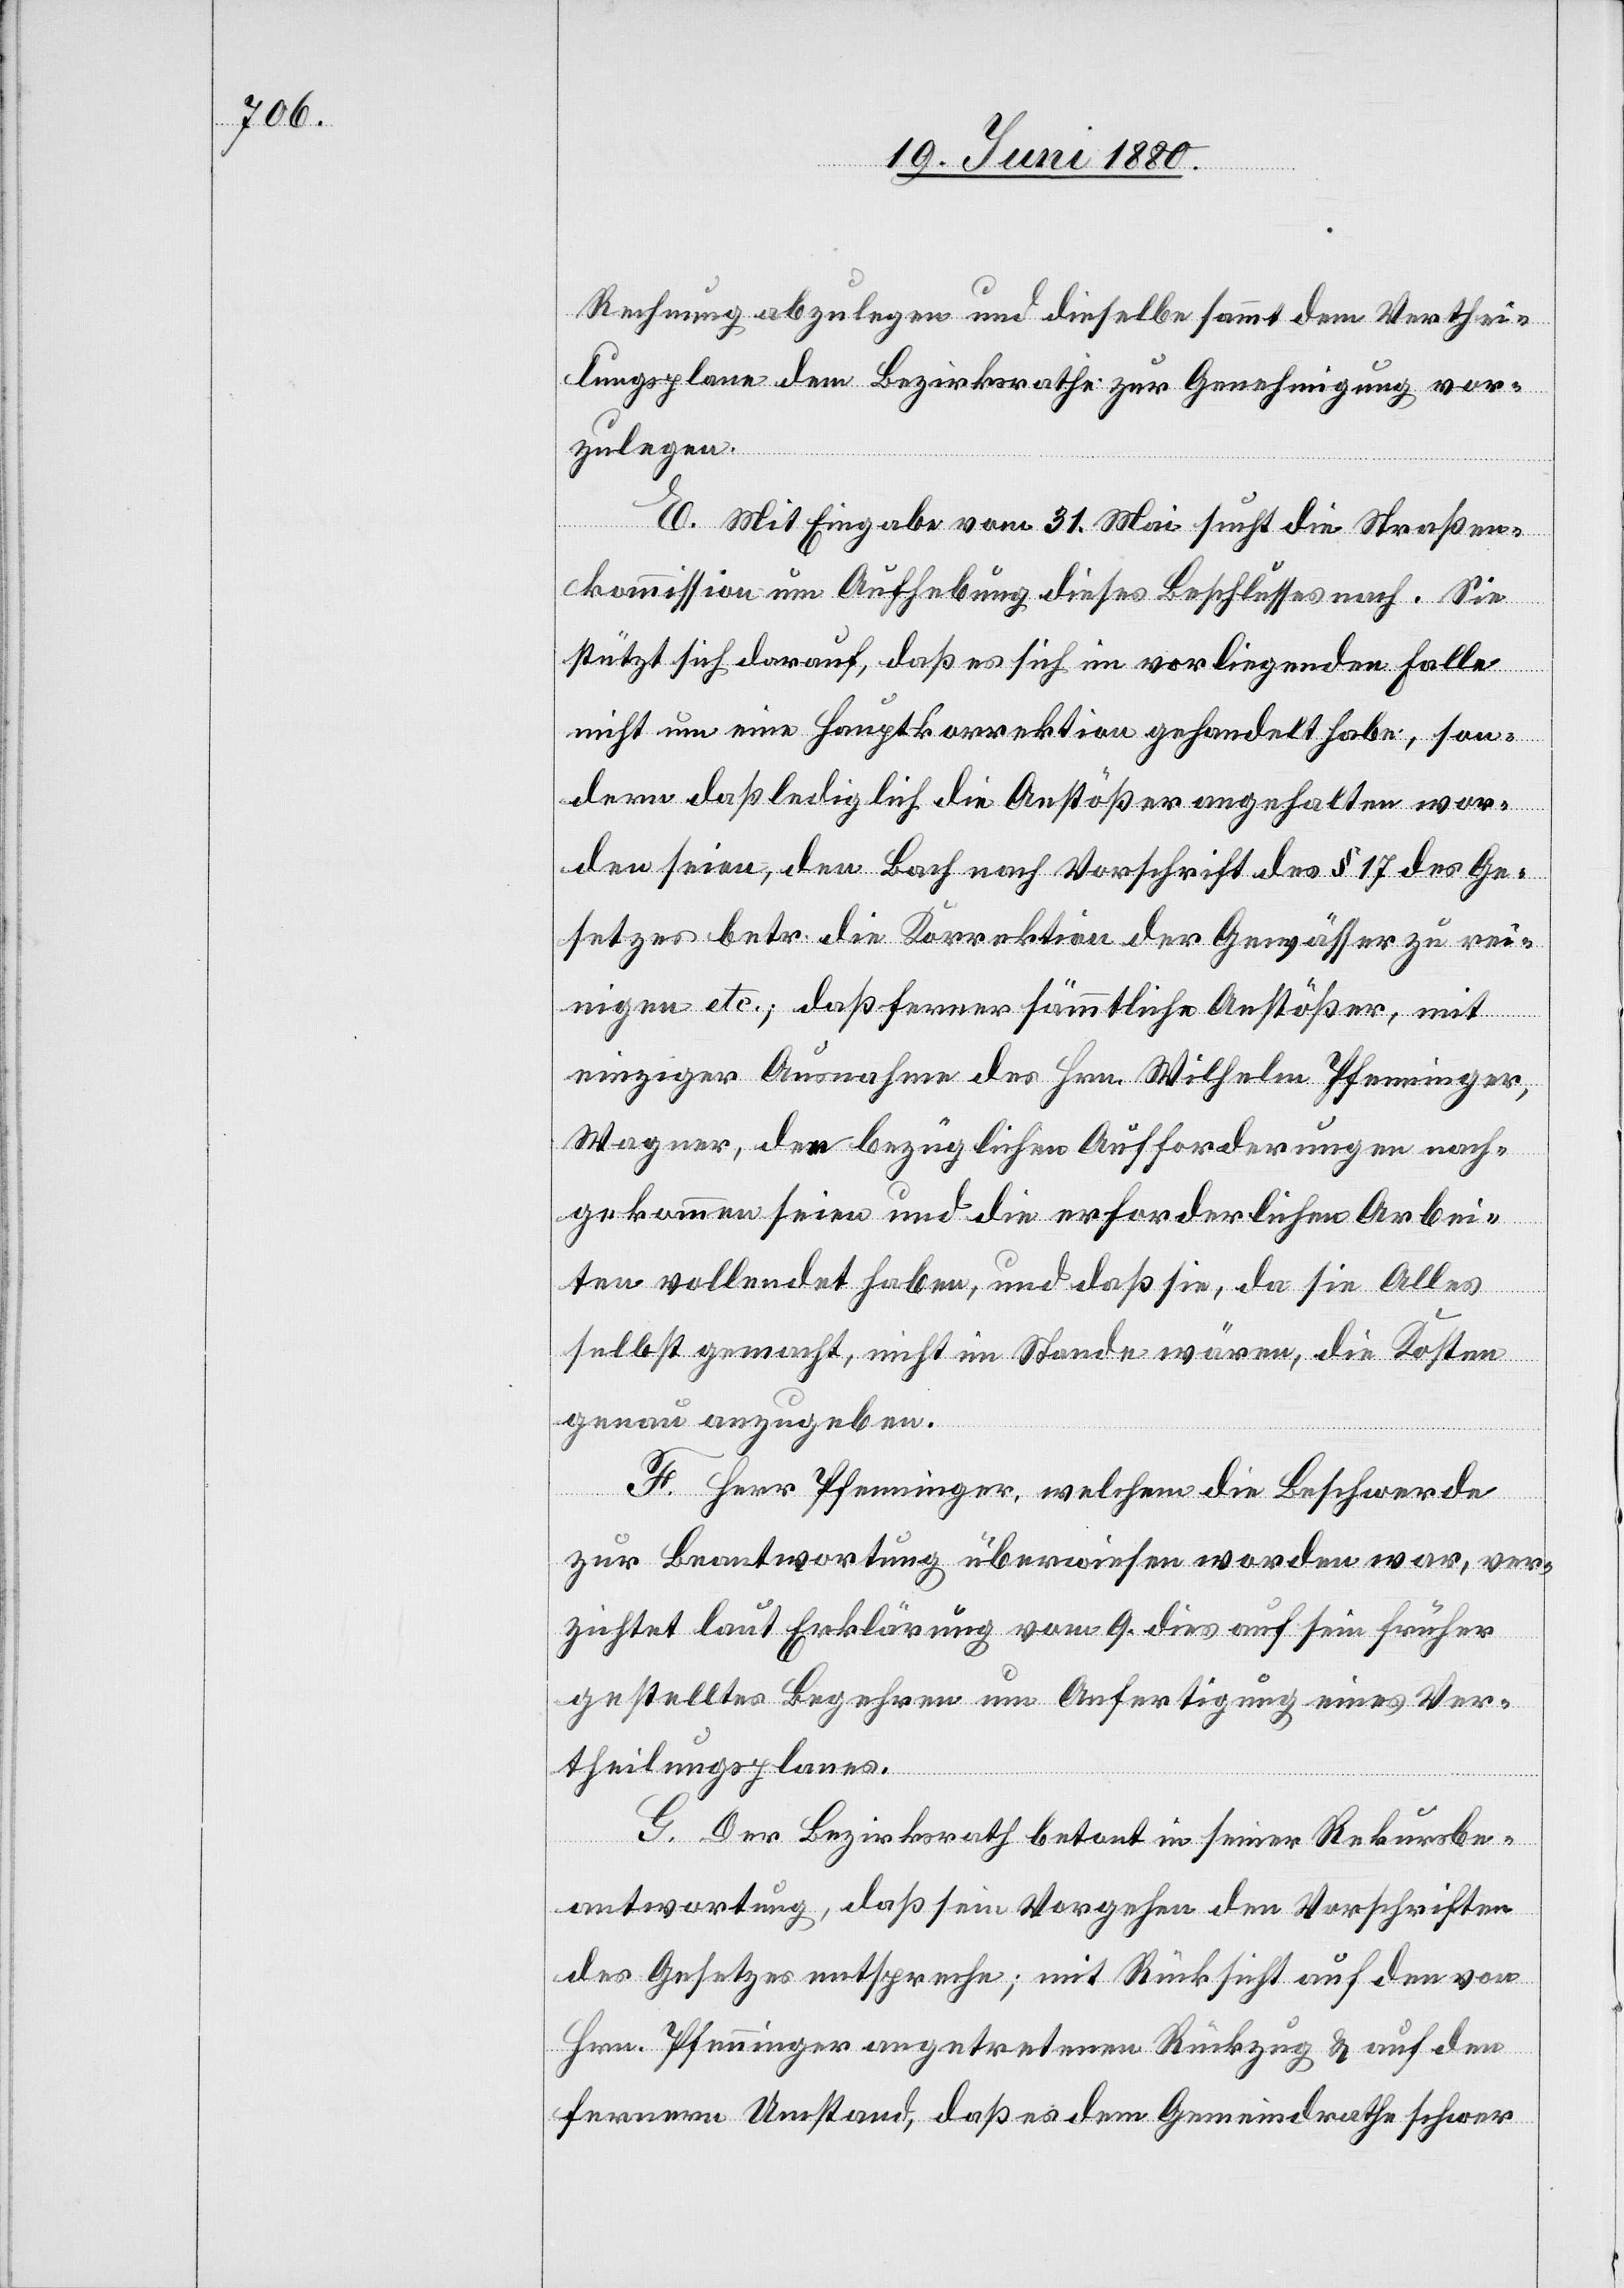
Rechnung abzulegen und dieselbe sammt dem Verthei¬
lungsplane dem Bezirksrathe zur Genehmigung vor¬
zulegen.
E. Mit Eingabe vom 31. Mai sucht die Straßen¬
kommission um Aufhebung dieses Beschlusses nach. Sie
stützt sich darauf, daß es sich im vorliegenden Falle
nicht um eine Hauptkorrektion gehandelt habe, son¬
dern daß lediglich die Anstößer angehalten wor¬
den seien, den Bach nach Vorschrift des § 17 des Ge¬
setzes betr. die Korrektion der Gewässer zu rei¬
nigen etc.; daß ferner sämmtliche Anstößer, mit
einziger Ausnahme des Hrn. Wilhelm Pfenninger,
Wagner, den bezüglichen Aufforderungen nach¬
gekommen seien und die erforderlichen Arbei¬
ten vollendet haben, und daß sie, da sie Alles
selbst gemacht, nicht im Stande wären, die Kosten
genau anzugeben.
F. Herr Pfenninger, welchem die Beschwerde
zur Beantwortung überweisen worden war, ver¬
zichtet laut Erklärung vom 9. dies auf sein früher
gestelltes Begehren um Anfertigung eines Ver¬
theilungsplanes.
G. Der Bezirksrath betont in seiner Rekursbe¬
antwortung, daß sein Vorgehen den Vorschriften
des Gesetzes entspreche; mit Rücksicht auf den von
Hrn. Pfenninger angetretenen Rückzug & auf den
fernern Umstand, daß es dem Gemeindrathe schwer